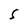
Character: S